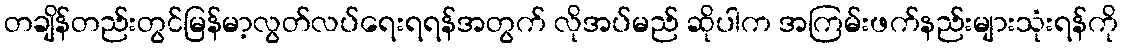
တချိန်တည်းတွင်မြန်မာ့လွတ်လပ်ရေးရရန်အတွက် လိုအပ်မည် ဆိုပါက အကြမ်းဖက်နည်းများသုံးရန်ကို